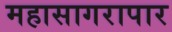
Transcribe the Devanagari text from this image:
महासागरापार